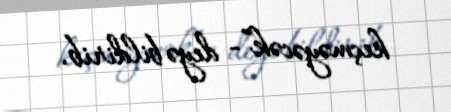
keçməyəcək”- deyə bildirib.